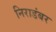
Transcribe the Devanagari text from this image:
निराडंबर